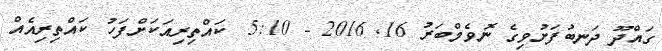
ގައްދޫ ދަނބުފަށުވިގެ ނޮވެމްބަރު 16